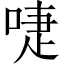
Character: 啑